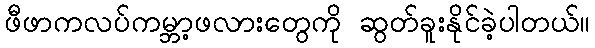
ဖီဖာကလပ်ကမ္ဘာ့ဖလားတွေကို ဆွတ်ခူးနိုင်ခဲ့ပါတယ်။